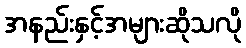
အနည်းနှင့်အများဆိုသလို